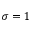
\sigma = 1